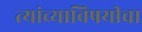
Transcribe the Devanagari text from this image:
त्यांच्याविषयीचा